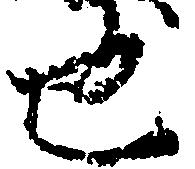
也